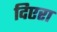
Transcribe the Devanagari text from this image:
दिएरा